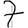
Digit: 7